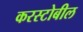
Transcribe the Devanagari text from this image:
करस्टोबील